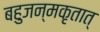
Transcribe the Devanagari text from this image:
बहुजन्मकृतात्